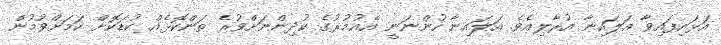
އަޅައިފައިވާ އަލައިނާ އުރާލިއެވެ. އަލައިނާ ހުންނަނީ އެއުމުރުގެ ކުދިންނަށްވުރެ ތަންކޮޅެއް ކުޑަކޮށް ކަމަށްވުމުން